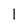
Character: I